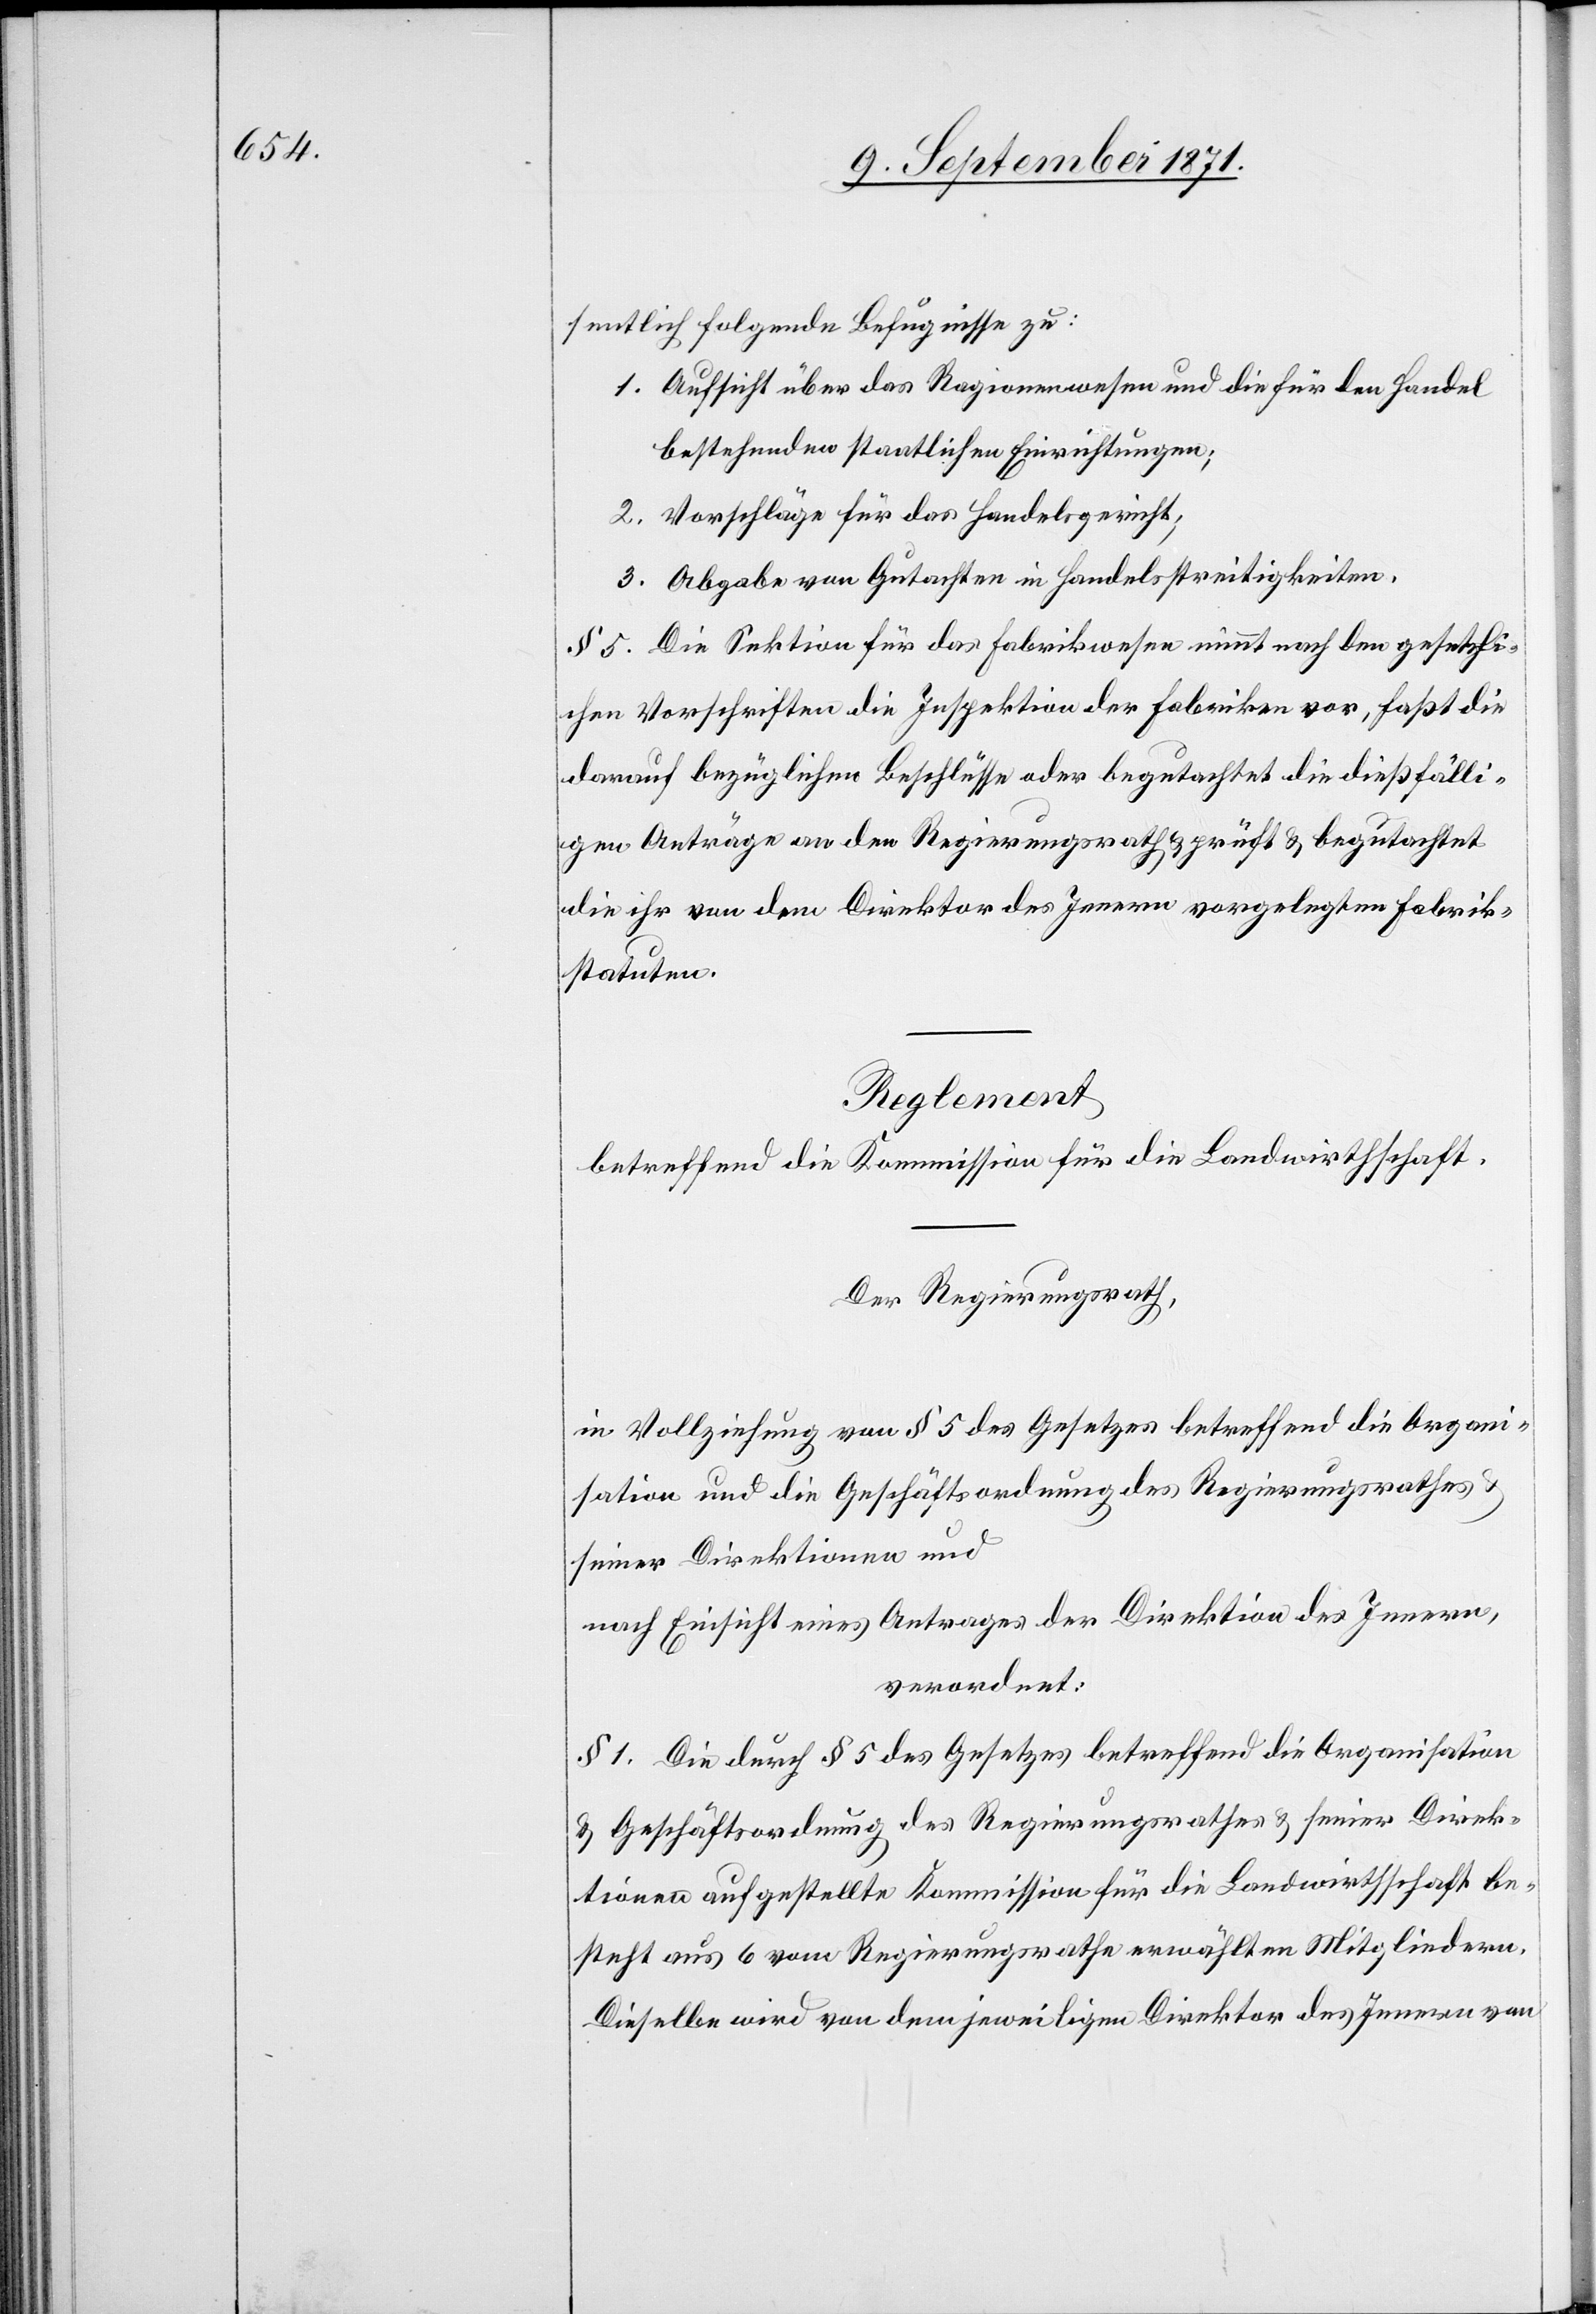
sentlich folgende Befugnisse zu:
1. Aufsicht über das Ragionenwesen und die für den Handel
bestehenden staatlichen Einrichtungen;
2. Vorschläge für das Handelsgericht;
3. Abgabe von Gutachten in Handelsstreitigkeiten.
§ 5. Die Sektion für das Fabrikwesen nimmt nach den gesetzli¬
chen Vorschriften die Inspektion der Fabriken vor, faßt die
darauf bezüglichen Beschlüsse oder begutachtet die dießfälli¬
gen Anträge an den Regierungsrath & prüft & begutachtet
die ihr von dem Direktor des Innern vorgelegten Fabrik¬
statuten.
Reglement
betreffend die Kommission für die Landwirtschaft.
Der Regierungsrath,
in Vollziehung von § 5 des Gesetzes betreffend die Organi¬
sation und die Geschäftsordnung des Regierungsrathes
seiner Direktionen und
nach Einsicht eines Antrages der Direktion des Innern,
verordnet:
§ 1. Die durch § 5 des Gesetzes betreffend die Organisation
& Geschäftsordnung des Regierungsrathes & seiner Direk¬
tionen aufgestellte Kommission für die Landwirtschaft be¬
steht aus 6 vom Regierungsrathe erwählten Mitgliedern.
Dieselbe wird von dem jeweiligen Direktor des Innern von